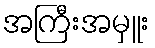
အကြီးအမှူး